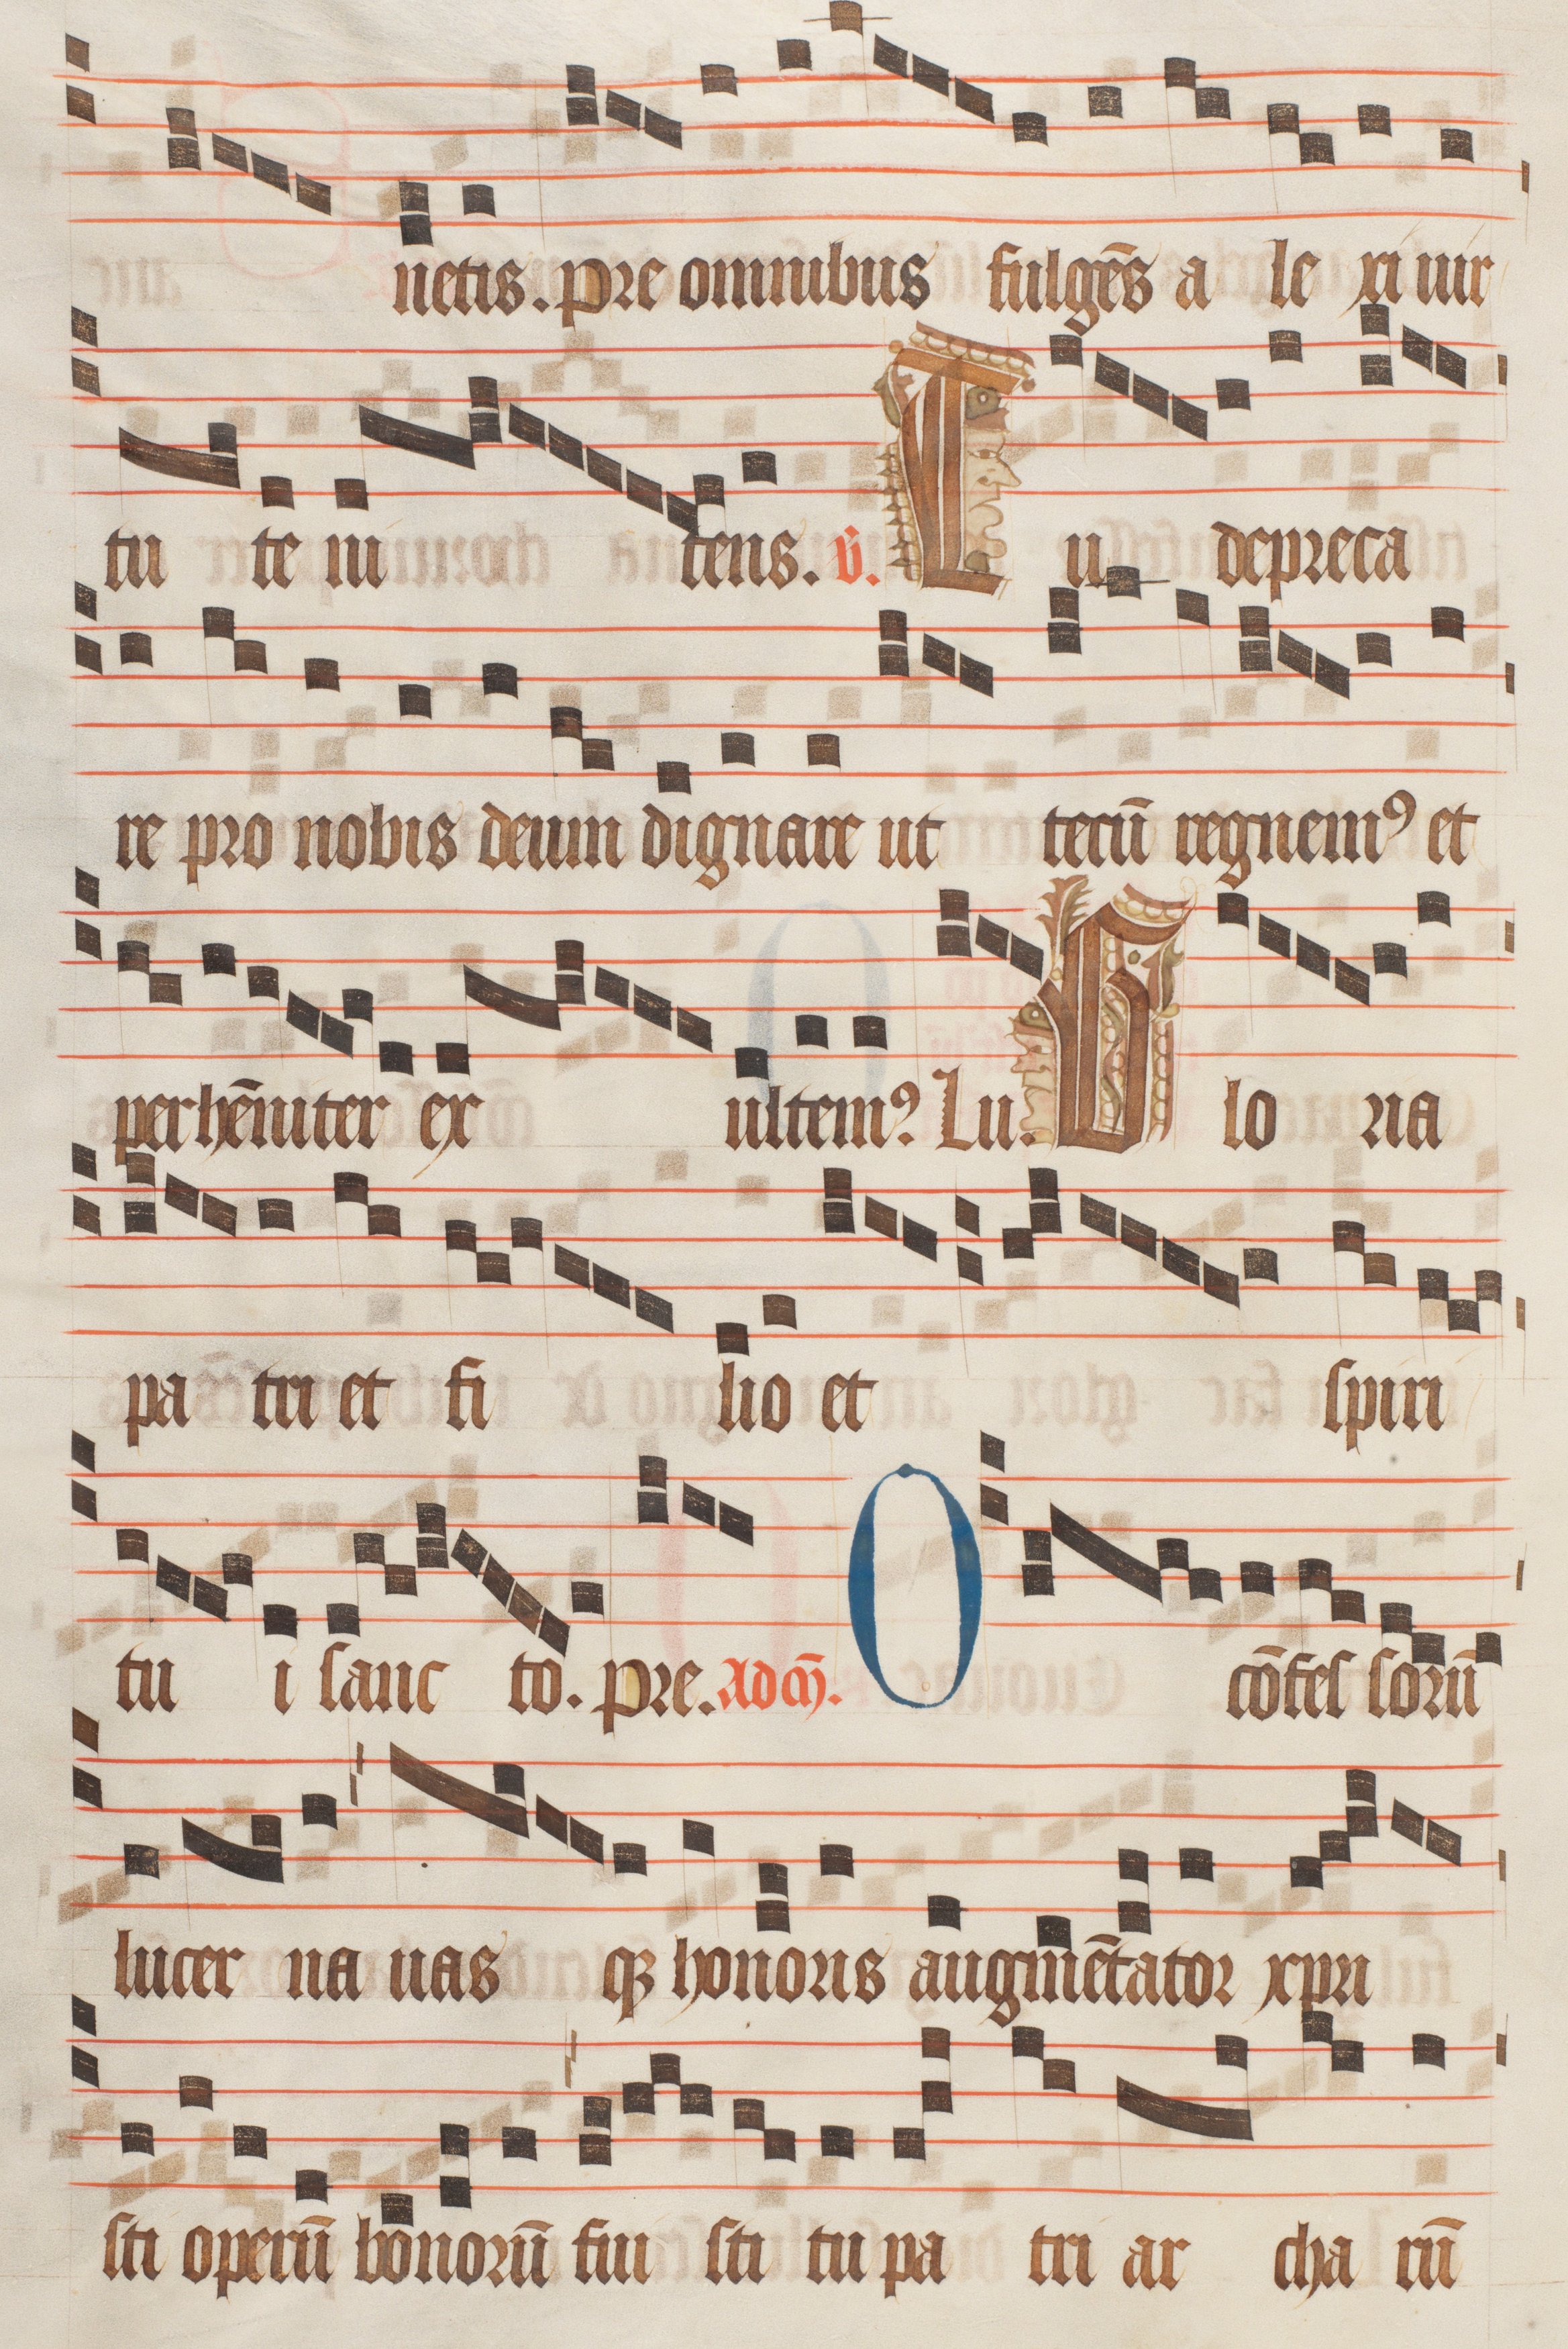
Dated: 1470–1505